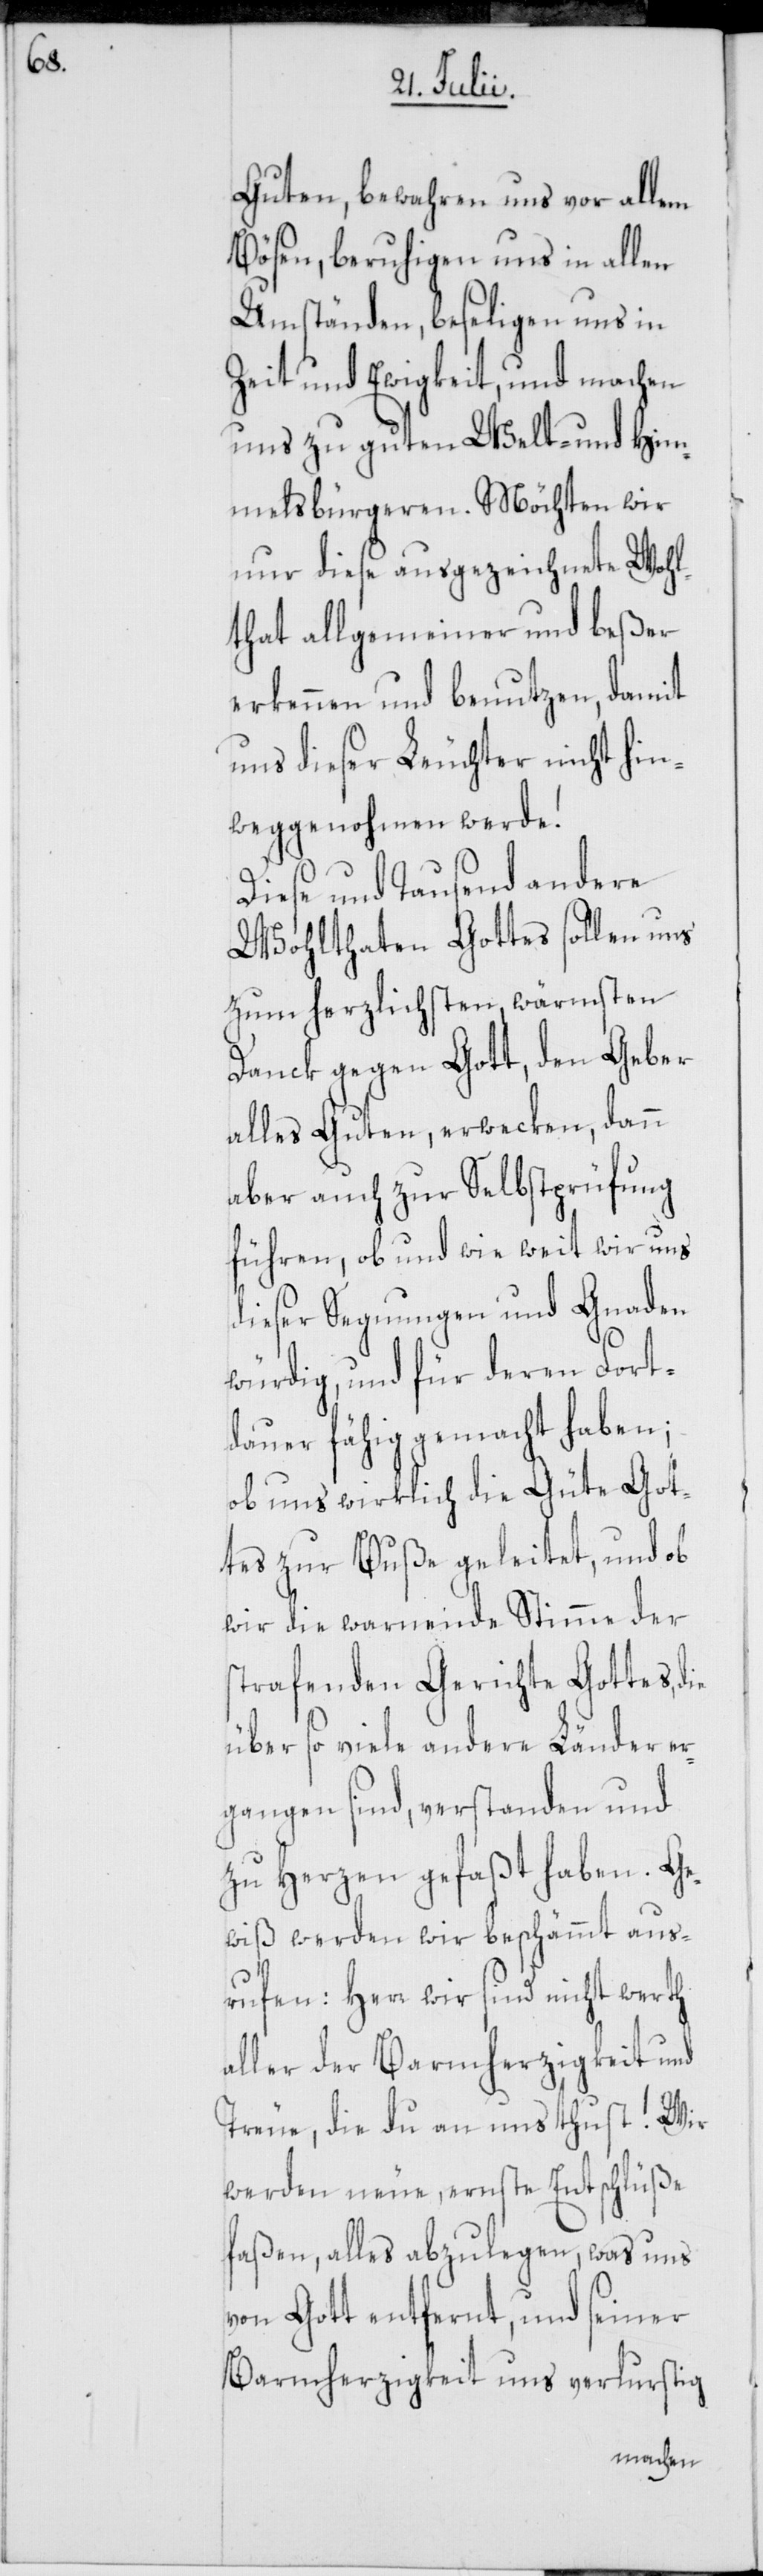
Guten, bewahren uns vor allem
Bösen, beruhigen uns in allen
Umständen, beseligen uns in
Zeit und Ewigkeit, und machen
uns zu guten Welt- und Him¬
melsbürgeren. Möchten wir
nur diese ausgezeichnete Wohl¬
that allgemeiner und beßer
erkennen und benutzen, damit
uns dieser Leuchter nicht hin¬
weggenohmen werde!
Diese und Tausend andere
Wohlthaten Gottes sollen uns
zum herzlichsten, wärmsten
Danck gegen Gott, den Geber
alles Guten, erwecken, dann
aber auch zur Selbstprüfung
führen, ob und wie weit wir uns
dieser Segnungen und Gnaden
würdig, und für deren Fort¬
dauer fähig gemacht haben;
ob uns wirklich die Güte Got¬
tes zur Buße geleitet, und ob
wir die warnende Stimme der
strafenden Gerichte Gottes,
über so viele andere Länder er¬
gangen sind, verstanden und
zu Herzen gefaßt haben. Ge¬
wiß werden wir beschämmt aus¬
rufen: Herr wir sind nicht werth
aller der Barmherzigkeit und
Treue, die du an uns thust! Wir
werden neue, ernste Entschlüße
faßen, alles abzulegen, was uns
von Gott entfernt, und seiner
Barmherzigkeit uns verlurstig